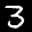
Label: 3